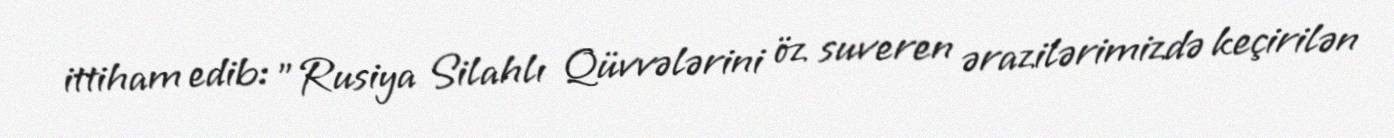
ittiham edib: "Rusiya Silahlı Qüvvələrini öz suveren ərazilərimizdə keçirilən